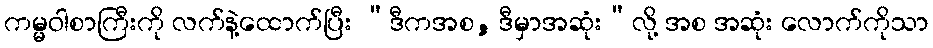
ကမ္မဝါစာကြီးကို လက်နဲ့ထောက်ပြီး “ဒီကအစ, ဒီမှာအဆုံး”လို့ အစ အဆုံး လောက်ကိုသာ